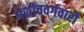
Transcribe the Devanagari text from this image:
अशीचवर्गवारी